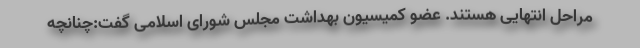
مراحل انتهایی هستند. عضو کمیسیون بهداشت مجلس شورای اسلامی گفت:چنانچه